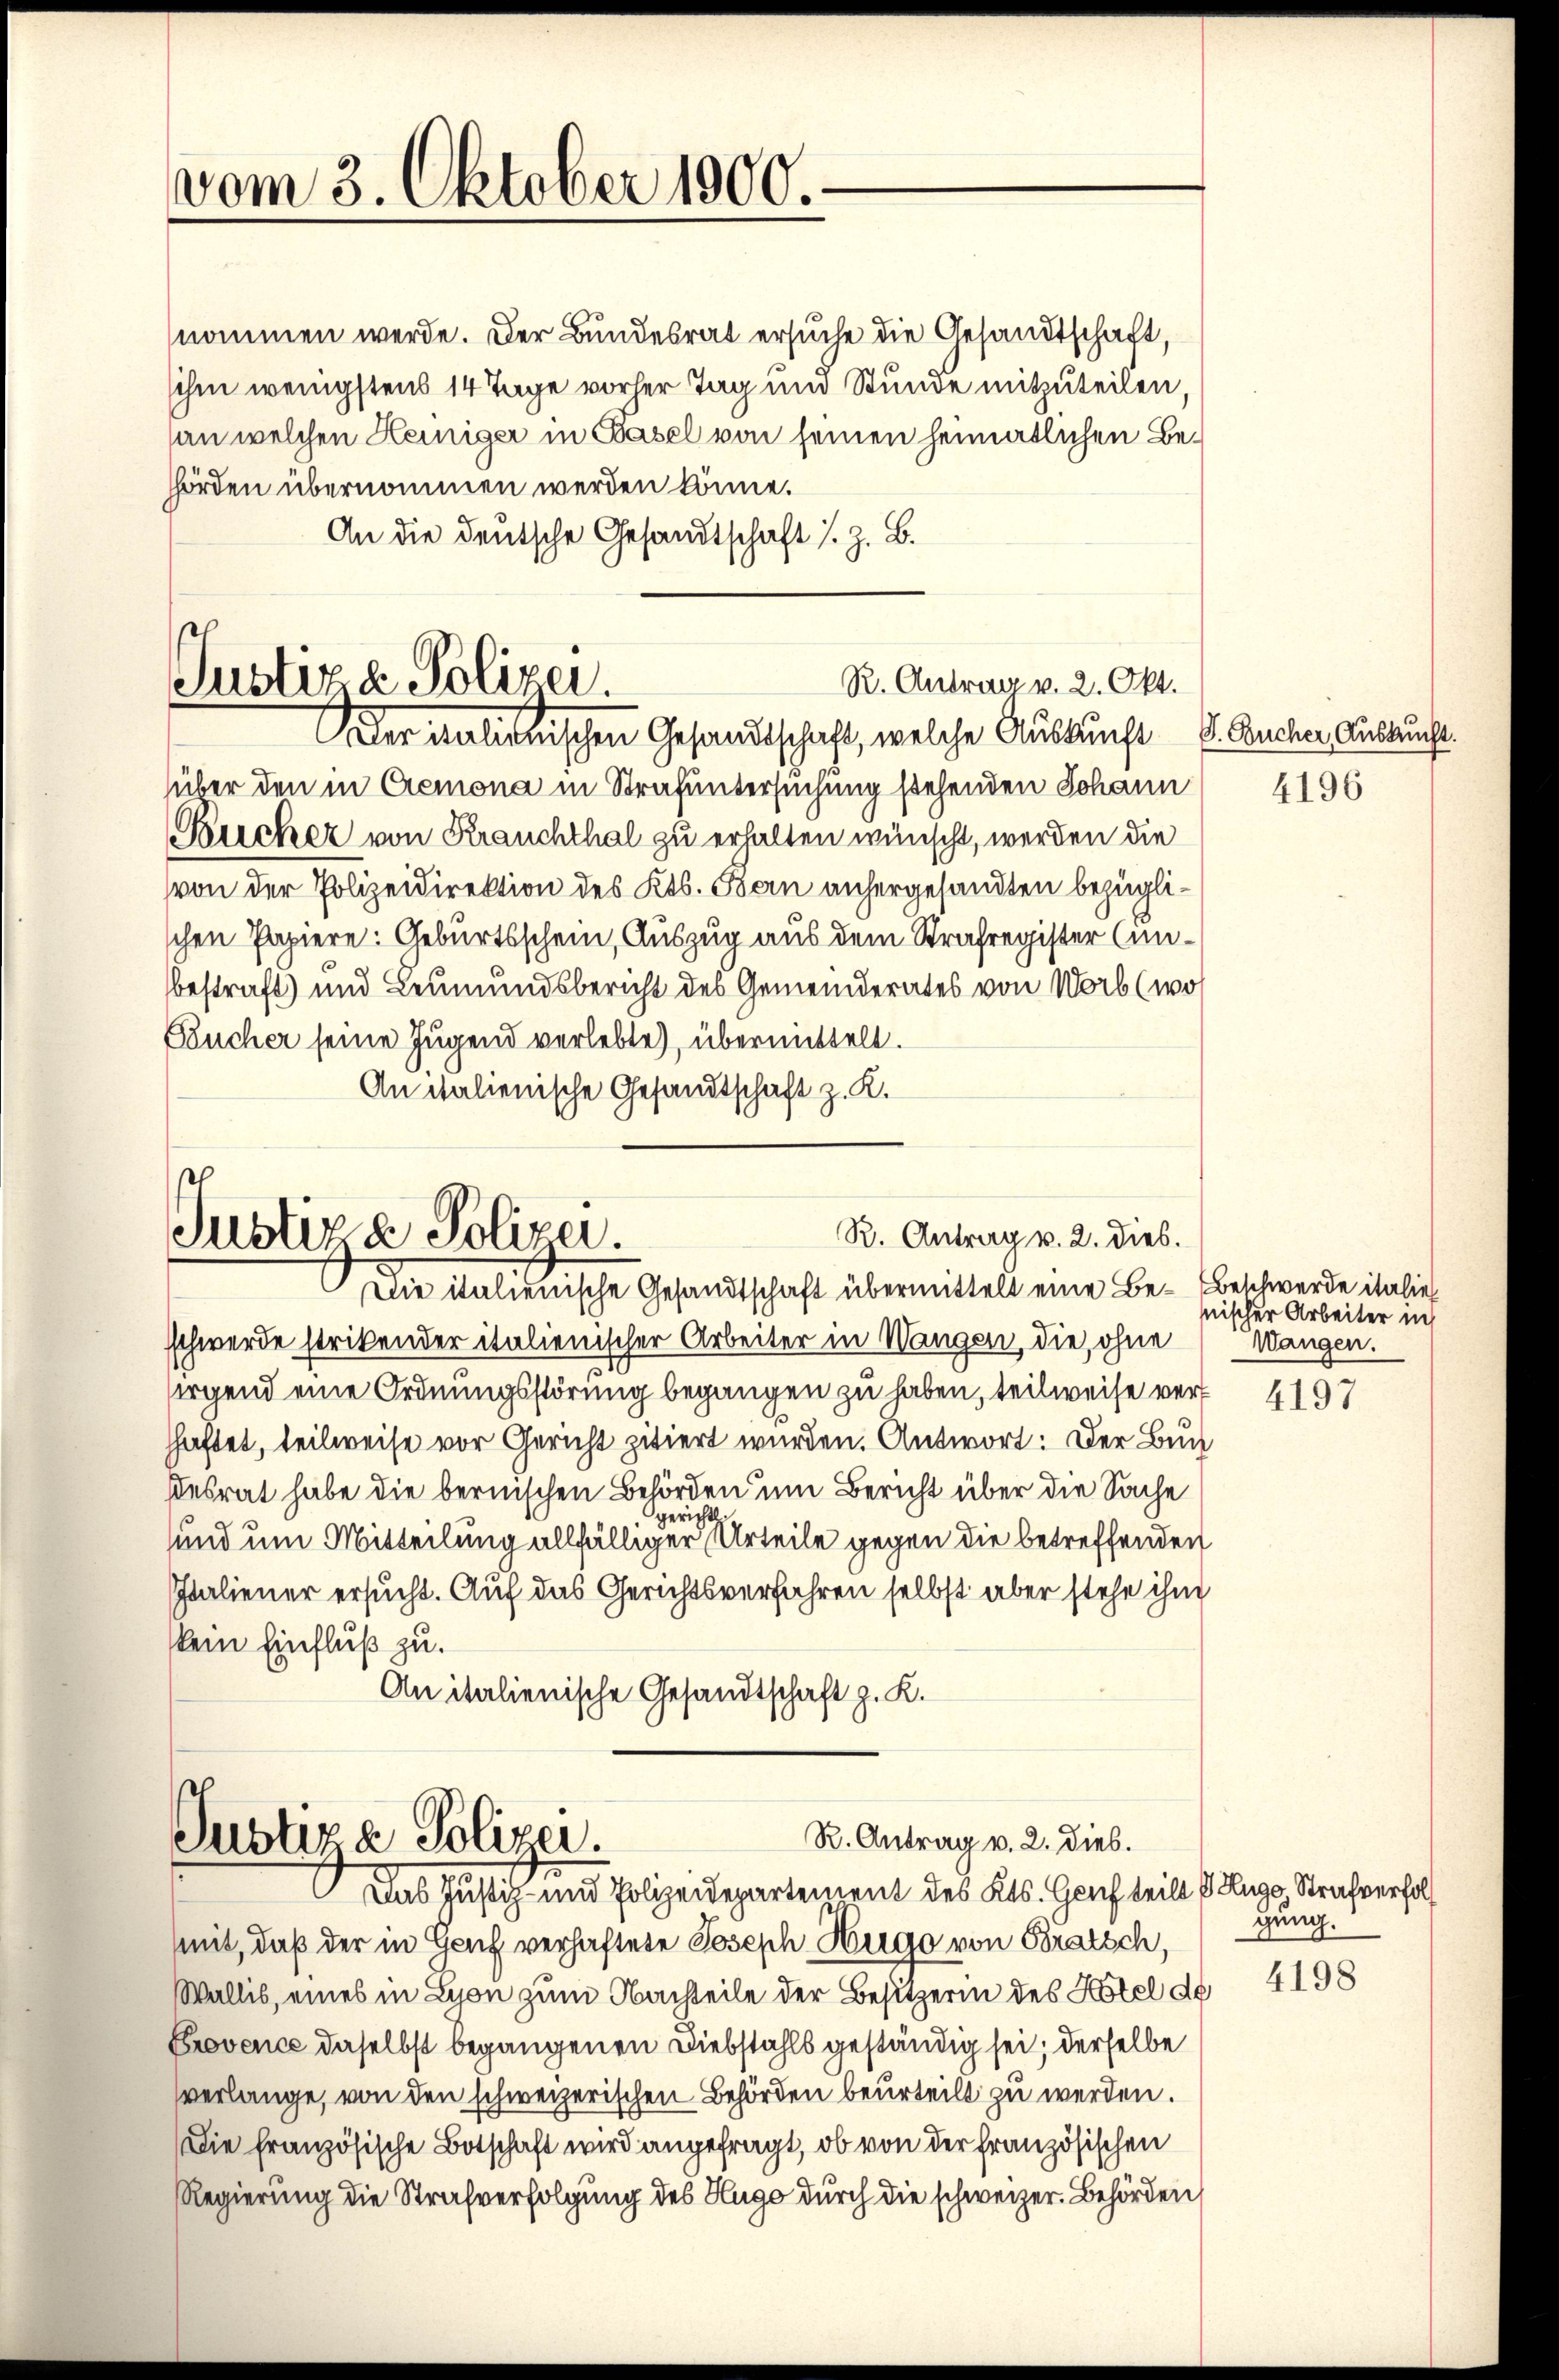
vom 3. Oktober 1900.

R. Antrag v. 2. Okt.
Justiz & Polizei.
Der mulienischen Gesandtschaft, welche Auskunft S. Bucher Auskunft

R. Antrag v. 2. dies.
Justiz & Polizei.
Die italienische Gesandtschaft übermittelt eine Be-Beschwerde italie

nommen werde. Der Bundesrat ersuche die Gesandtschaft,
sihm wenigstens 14 Tage vorher Tag und Stunde mitzuteilen.
an welchen Heiniger in Basel von seinen heimatlichen Behhörden übernommen werden könne.
An die deutsche Gesandtschaft s. Z. B.

süber den in Cremona in Strafuntersuchung stehenden Johann
Bücher von Krauchthal zu erhalten wünscht, werden die
von der Polizeidirektion des Kts. Bern anhergesandten bezüglischen Papiere: Geburtsschein, Auszug aus dem Strafregister Einbestraft) und Leumundsbericht des Gemeinderates von Norb (woh
Fäucher seine Jugend verlebte, übermittelt.
An italienische Gesandtschaft z. K.

R. Antrag v. 2. dies.
Justiza Polizei.
Das Justiz- und Polizeidepartement des Kts. Genf teilt & Auge, Strafverhol

schwerde strikender italienischer Arbeiter in Wangen, die ohne Wangen.
sirgend eine Ordnungsstörung begangen zu haben, teilweise verhhaftet, teilweise vor Gericht zitiert wurden. Antwort: Der Buch
desrat habe die bernischen Behörden um Bericht über die Sache
gericht
sund um Mitteilung allfälliger Urteile gegen die betreffenden
Italiener ersucht. Auf das Gerichtsverfahren selbst aber stehe ihm
kein Einfluß zu.
An italienische Gesandtschaft z. K.

mit, daß der in Genf verhaftete Joseph Hugo von Bratsch,
Wallis, eines in Lyon zum Nachteile der Besitzerin des Kotel de
Provence daselbst begangenen Diebstahls geständig sei; derselbe
verlange, von den schweizerischen Behörden beurteilt zu werden.
Die französische Botschaft wird angefragt, ob von der französischen
Regierung die Strafverfolgung des Hugo durch die schweizer. Behörden

4196

nischer Arbeiter in

4197

gung.

4198